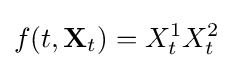
f(t,\mathbf {X} _{t})=X_{t}^{1}X_{t}^{2}